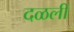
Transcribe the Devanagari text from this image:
दळली